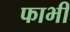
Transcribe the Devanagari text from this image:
फाभी